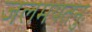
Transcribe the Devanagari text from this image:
जलमयतनुः